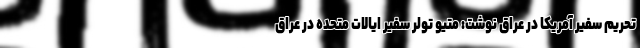
تحریم سفیر آمریکا در عراق نوشت: متیو تولر سفیر ایالات متحده در عراق